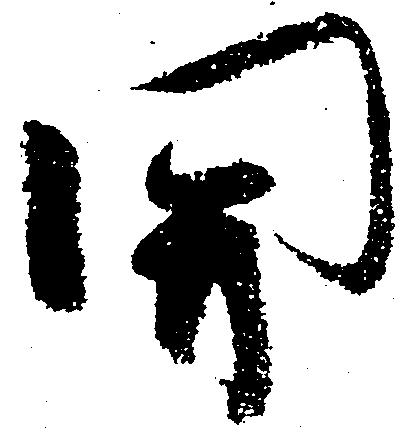
関